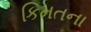
કિમતના